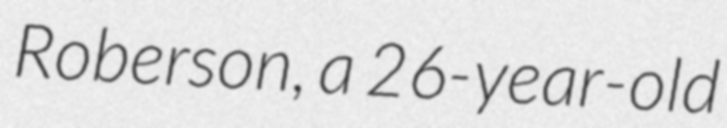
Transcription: Roberson, a 26-year-old